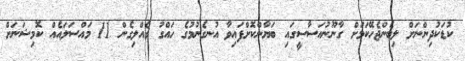
ކުޑަކުދިންނަށް ލިބެންޖެހޭކަމަށް ގާނޫނުއަސާސީގައި ބަޔާންކޮށްފައިވާ އުނގެނުމުގެ ހައްގު ގެއްލިގެން 11 މައްސަލައެއް ކޮމިޝަނަށް